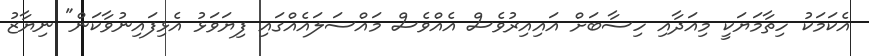
އެކަމަކު ހިތާމަޔަކީ މިއަދާއި ހިސާބަށް އައިއިރުވެސް އެއްވެސް މައްސަލައެއްގައި ފިޔަވަޅު އެޅިފައިނުވާކަން" ނިޔާޒު